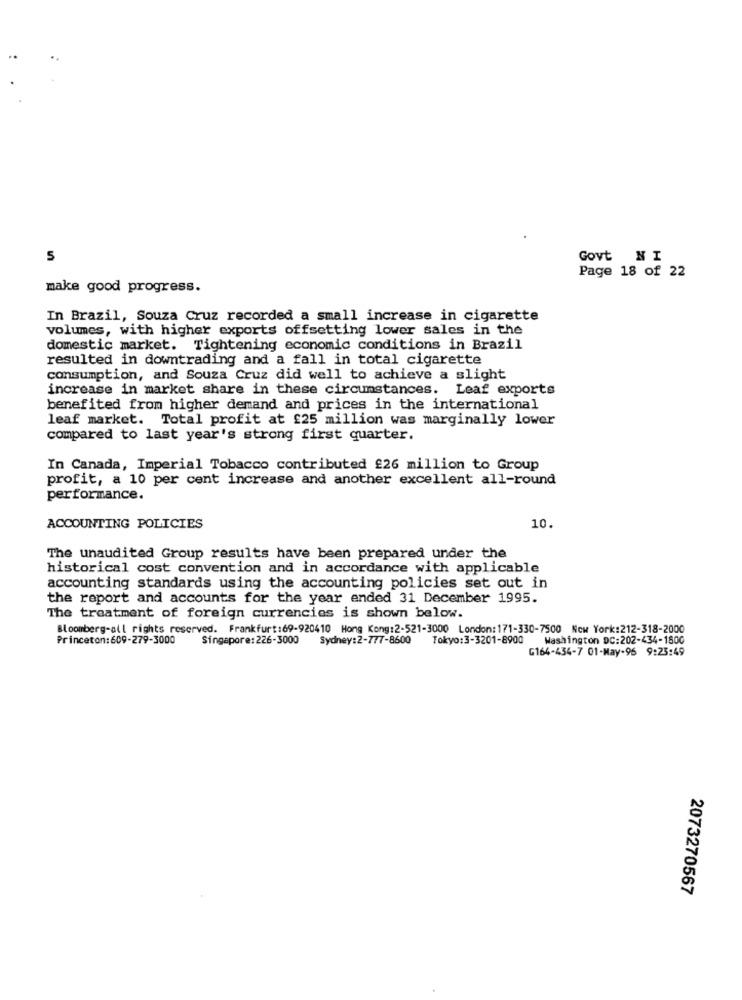
5
Govt NI
Page 18 of 22
make good progress.
In Brazil, Souza Cruz recorded a small increase in cigarette
volumes, with higher exports offsetting lower sales in the
domestic market. Tightening economic conditions in Brazil
resulted in downtrading and a fall in total cigarette
consumption, and Souza Cruz did well to achieve a slight
increase in market share in these circumstances. Leaf exports
benefited from higher demand and prices in the international
leaf market. Total profit at £25 million was marginally lower
compared to last year's strong first quarter.
In Canada, Imperial Tobacco contributed £26 million to Group
profit, a 10 per cent increase and another excellent all-round
performance.
ACCOUNTING POLICIES
10.
The unaudited Group results have been prepared under the
historical cost convention and in accordance with applicable
accounting standards using the accounting policies set out in
the report and accounts for the year ended 31 December 1995.
The treatment of foreign currencies is shown below.
Bloomberg-all rights reserved. Frankfurt:69-920410 Hong Kong:2-521-3000 London: 171-330-7500 New York:212-318-2000
Princeton:609-279-3000
Singapore: 226-3000
Sydney:2-777-8600
Tokyo:3-3201-8900
Washington DC:202-434-1800
G164-434-7 01-May-96 9:23:49
2073270567